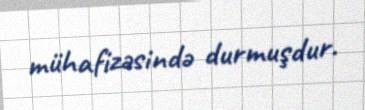
mühafizəsində durmuşdur.